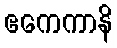
ဧကေကာနိ